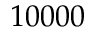
1 0 0 0 0